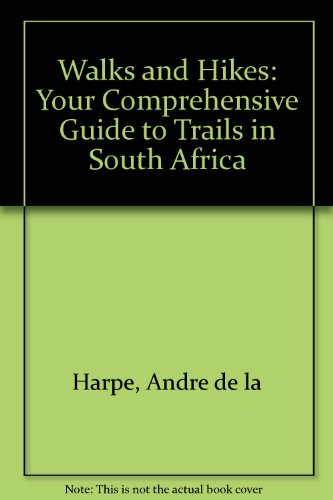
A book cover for Walks and Hikes: Your Comprehensive Guide to Trails in South Africa; Andre de la Harpe; Travel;